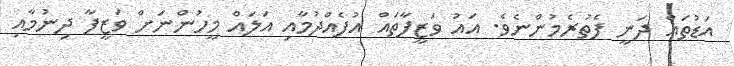
އަޑުތައް ދަނީ ފެތުރެމުންނެވެ. އައު ވަޒީފާތައް އުފެއްދުމާއި އަލައް މީހުންނަށް ވަޒީފާ ދިނުމާއި